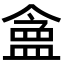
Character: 𬐪